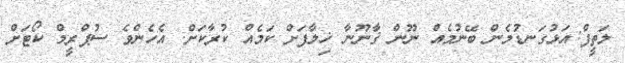
ލަތީފް:އަޅުގަނޑުމެން ބޭނުމެއް ނޫން ޤާނޫނާ ޚިލާފަށް ކަމެއް ކުރާކަށް. އެހެންވެ ސުޕްރީމް ކޯޓަށް